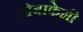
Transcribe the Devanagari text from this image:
ओबाफेमी